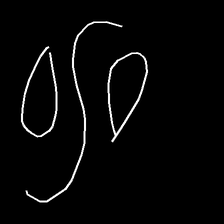
Glyph: water